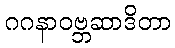
ဂဂနာဝဗ္ဘဆာဒိတာ